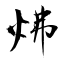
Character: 炥